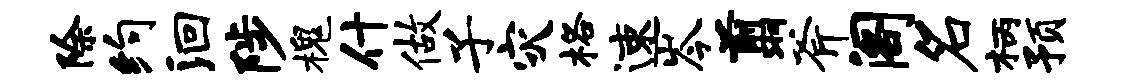
除约洄陟槐什做子灾格速岑翦斧阁名柄预